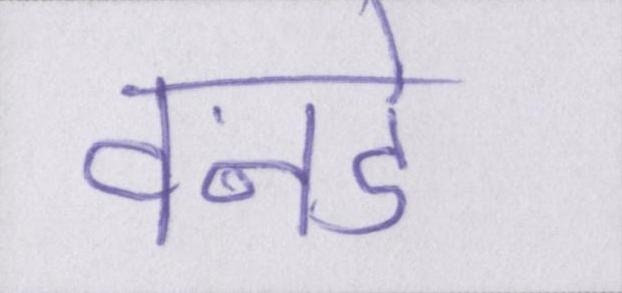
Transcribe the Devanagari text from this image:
वनडे